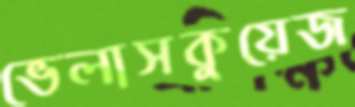
ভেলাসকুয়েজ